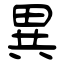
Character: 異